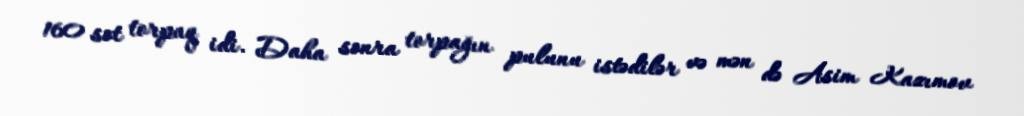
160 sot torpaq idi. Daha sonra torpağın pulunu istədilər və mən də Asim Kazımov